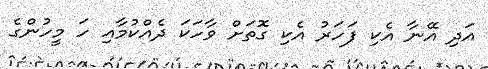
އަދި އޭނާ އެކި ފަހަރު އެކި ގޮތަށް ވާހަކަ ދެއްކުމާއި ހަ މީހުންގެ